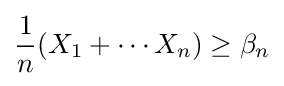
{\frac {1}{n}}(X_{1}+\cdots X_{n})\geq \beta _{n}